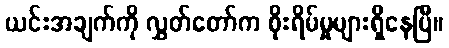
ယင်းအချက်ကို လွှတ်တော်က စိုးရိမ်မှုများရှိနေပြီ။